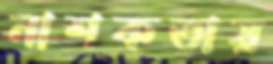
নাশকতায়